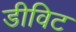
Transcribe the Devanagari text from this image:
डीविट